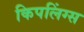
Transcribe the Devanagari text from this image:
किपलिंग्स